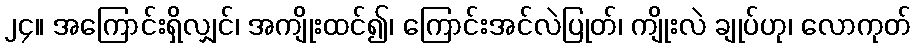
၂၄။ အကြောင်းရှိလျှင်၊ အကျိုးထင်၍၊ ကြောင်းအင်လဲပြုတ်၊ ကျိုးလဲ ချုပ်ဟု၊ လောကုတ်